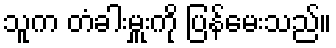
သူက တံခါးမှူးကို ပြန်မေးသည်။